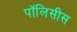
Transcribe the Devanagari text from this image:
पॉलिसीस